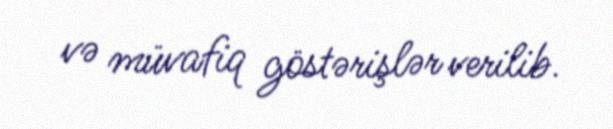
və müvafiq göstərişlər verilib.